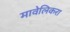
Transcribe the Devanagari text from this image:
मावेलिकरा